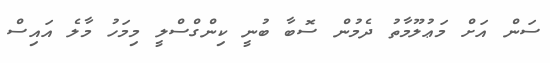
ސަން އަށް މަޢުލޫމާތު ދެމުން ސޮބާ ބުނީ ކިންގްސްލީ މިމަހު މާލެ އައިސް